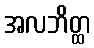
အလဘိတ္ထ